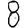
Digit: 8